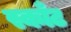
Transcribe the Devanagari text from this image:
स्काँट